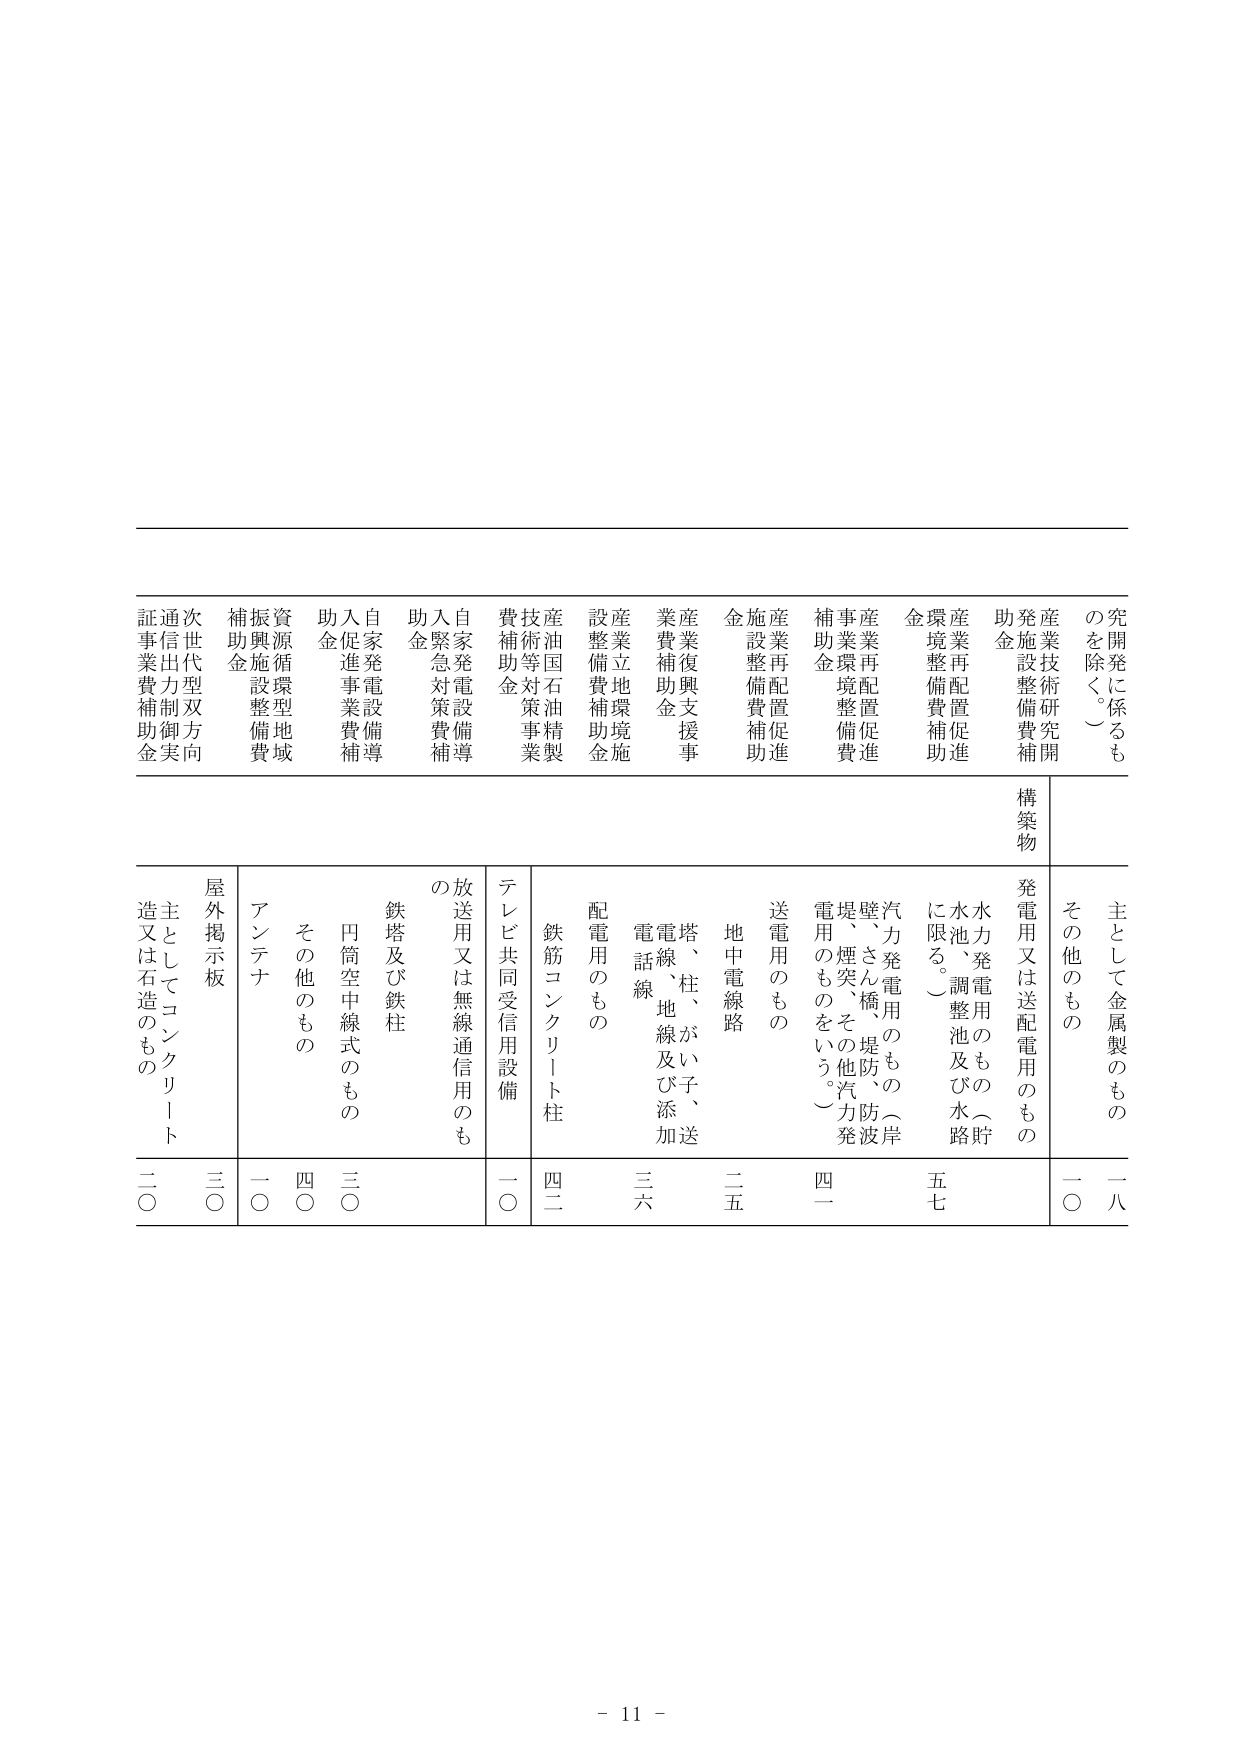
究開発に係るも
のを除く。）
産業技術研究開
発施設整備費補
助金
産業再配置促進
環境整備費補助
金
産業再配置促進
事業環境整備費
補助金
施設整備費補助
金
産業復興支援事
業費補助金
産業立地環境施
設整備費補助金
産油国石油精製
技術等対策事業
費補助金
自家発電設備導
入緊急対策費補
助金
自家発電設備導
入促進事業費補
助金
資源循環型地域
振興施設整備費
補助金
次世代型双方
通信力制御実
証事業費補助
金
構築物
主として金属製のもの
一八
その他のもの
一〇
発電用又は送配電用のもの
水力発電用のもの（貯
水池、調整池及び水路
に限る。）
五七
汽力発電用のもの（岸
壁、さん橋、堤防、防波
堤、煙突、その他汽力発
電用のものをいう。）
四一
送電用のもの
地中電線路
二五
電塔、柱、がい子、送
電線、地線及び添加
電話線
三六
配電用のもの
鉄筋コンクリート柱
四二
テレビ共同受信用設備
一〇
放送用又は無線通信用のも
の
鉄塔及び鉄柱
円筒空中線式のもの
その他もの
三〇
四〇
一〇
屋外掲示板
三〇
主としてコンクリート
造又は石造のもの
二〇
- 11 -